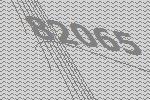
82065